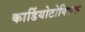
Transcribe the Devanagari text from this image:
कार्डियोटोक्सिक